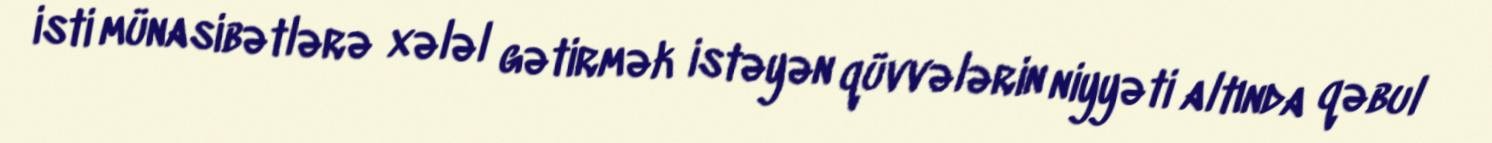
isti münasibətlərə xələl gətirmək istəyən qüvvələrin niyyəti altında qəbul